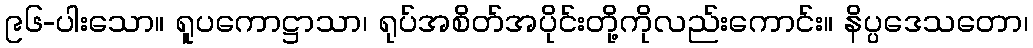
၉၆-ပါးသော။ ရူပကောဋ္ဌာသာ၊ ရုပ်အစိတ်အပိုင်းတို့ကိုလည်းကောင်း။ နိပ္ပဒေသတော၊